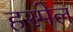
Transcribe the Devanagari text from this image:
हरमेल